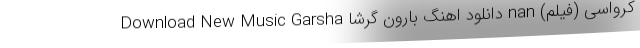
کرواسی (فیلم) nan دانلود اهنگ بارون گرشا Download New Music Garsha